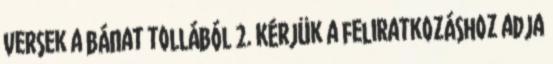
Versek a bánat tollából 2. Kérjük a feliratkozáshoz adja